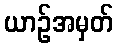
ယာဉ်အမှတ်